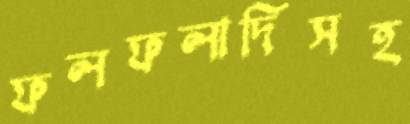
ফলফলাদিসহ